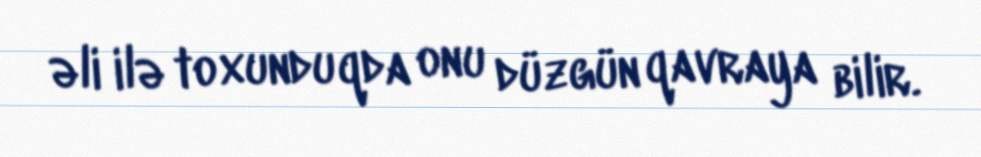
əli ilə toxunduqda onu düzgün qavraya bilir.